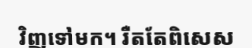
វិញទៅមក។ រឺតតែពិសេស